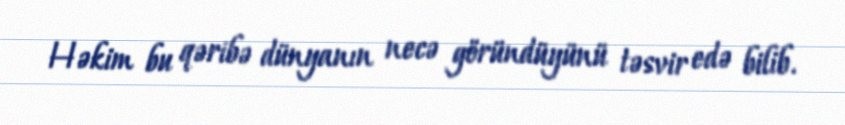
Həkim bu qəribə dünyanın necə göründüyünü təsvir edə bilib.